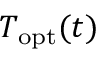
T _ { \mathrm { o p t } } ( t )